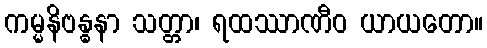
ကမ္မနိဗန္ဓနာ သတ္တာ၊ ရထဿာဏီဝ ယာယတော။